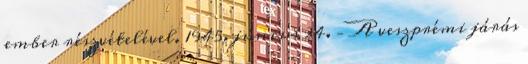
ember részvételével. 1945. június 24. – A veszprémi járás